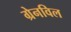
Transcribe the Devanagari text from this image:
ग्रेनविल